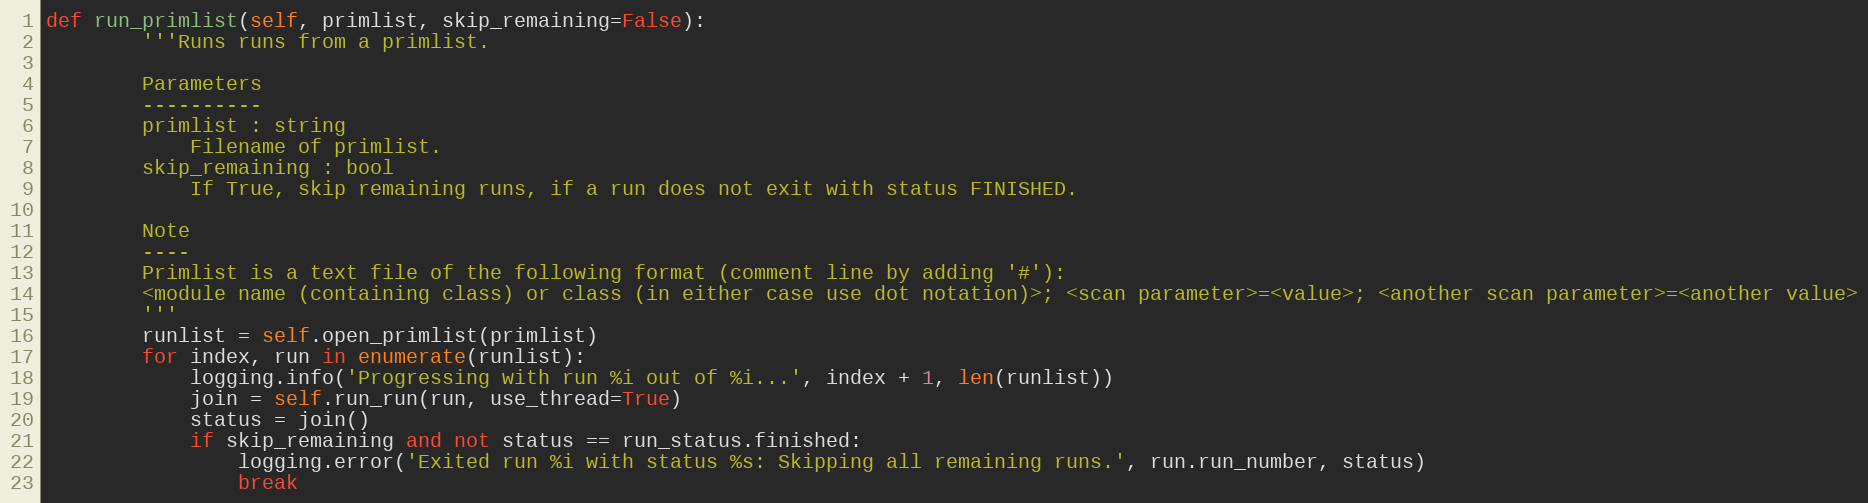
Language: Python
def run_primlist(self, primlist, skip_remaining=False):
        '''Runs runs from a primlist.

        Parameters
        ----------
        primlist : string
            Filename of primlist.
        skip_remaining : bool
            If True, skip remaining runs, if a run does not exit with status FINISHED.

        Note
        ----
        Primlist is a text file of the following format (comment line by adding '#'):
        <module name (containing class) or class (in either case use dot notation)>; <scan parameter>=<value>; <another scan parameter>=<another value>
        '''
        runlist = self.open_primlist(primlist)
        for index, run in enumerate(runlist):
            logging.info('Progressing with run %i out of %i...', index + 1, len(runlist))
            join = self.run_run(run, use_thread=True)
            status = join()
            if skip_remaining and not status == run_status.finished:
                logging.error('Exited run %i with status %s: Skipping all remaining runs.', run.run_number, status)
                break